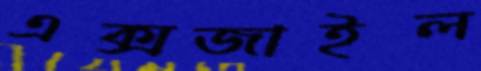
এক্সজাইল